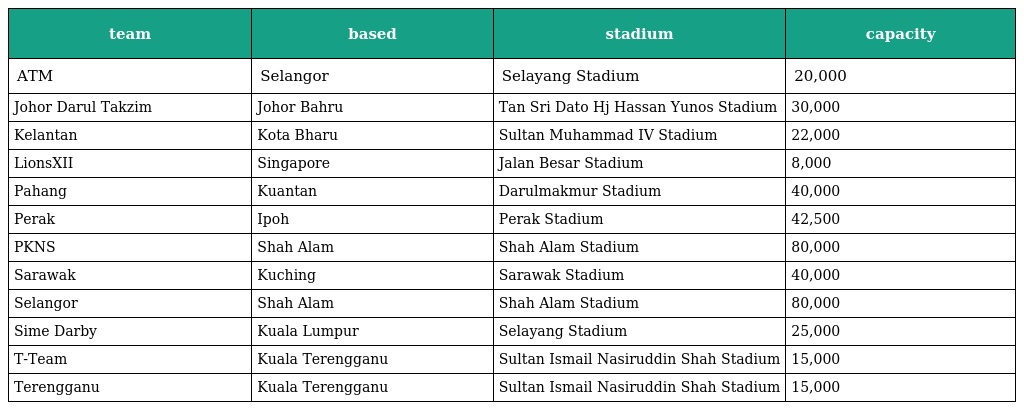
| team | based | stadium | capacity |
 | --- | --- | --- | --- |
 | ATM | Selangor | Selayang Stadium | 20,000 |
 | Johor Darul Takzim | Johor Bahru | Tan Sri Dato Hj Hassan Yunos Stadium | 30,000 |
 | Kelantan | Kota Bharu | Sultan Muhammad IV Stadium | 22,000 |
 | LionsXII | Singapore | Jalan Besar Stadium | 8,000 |
 | Pahang | Kuantan | Darulmakmur Stadium | 40,000 |
 | Perak | Ipoh | Perak Stadium | 42,500 |
 | PKNS | Shah Alam | Shah Alam Stadium | 80,000 |
 | Sarawak | Kuching | Sarawak Stadium | 40,000 |
 | Selangor | Shah Alam | Shah Alam Stadium | 80,000 |
 | Sime Darby | Kuala Lumpur | Selayang Stadium | 25,000 |
 | T-Team | Kuala Terengganu | Sultan Ismail Nasiruddin Shah Stadium | 15,000 |
 | Terengganu | Kuala Terengganu | Sultan Ismail Nasiruddin Shah Stadium | 15,000 |